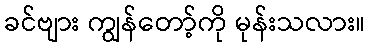
ခင်ဗျား ကျွန်တော့်ကို မုန်းသလား။